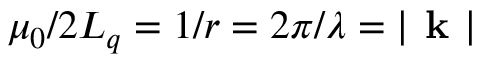
\mu _ { 0 } / 2 L _ { q } = 1 / r = 2 \pi / \lambda = | \textbf { k } |